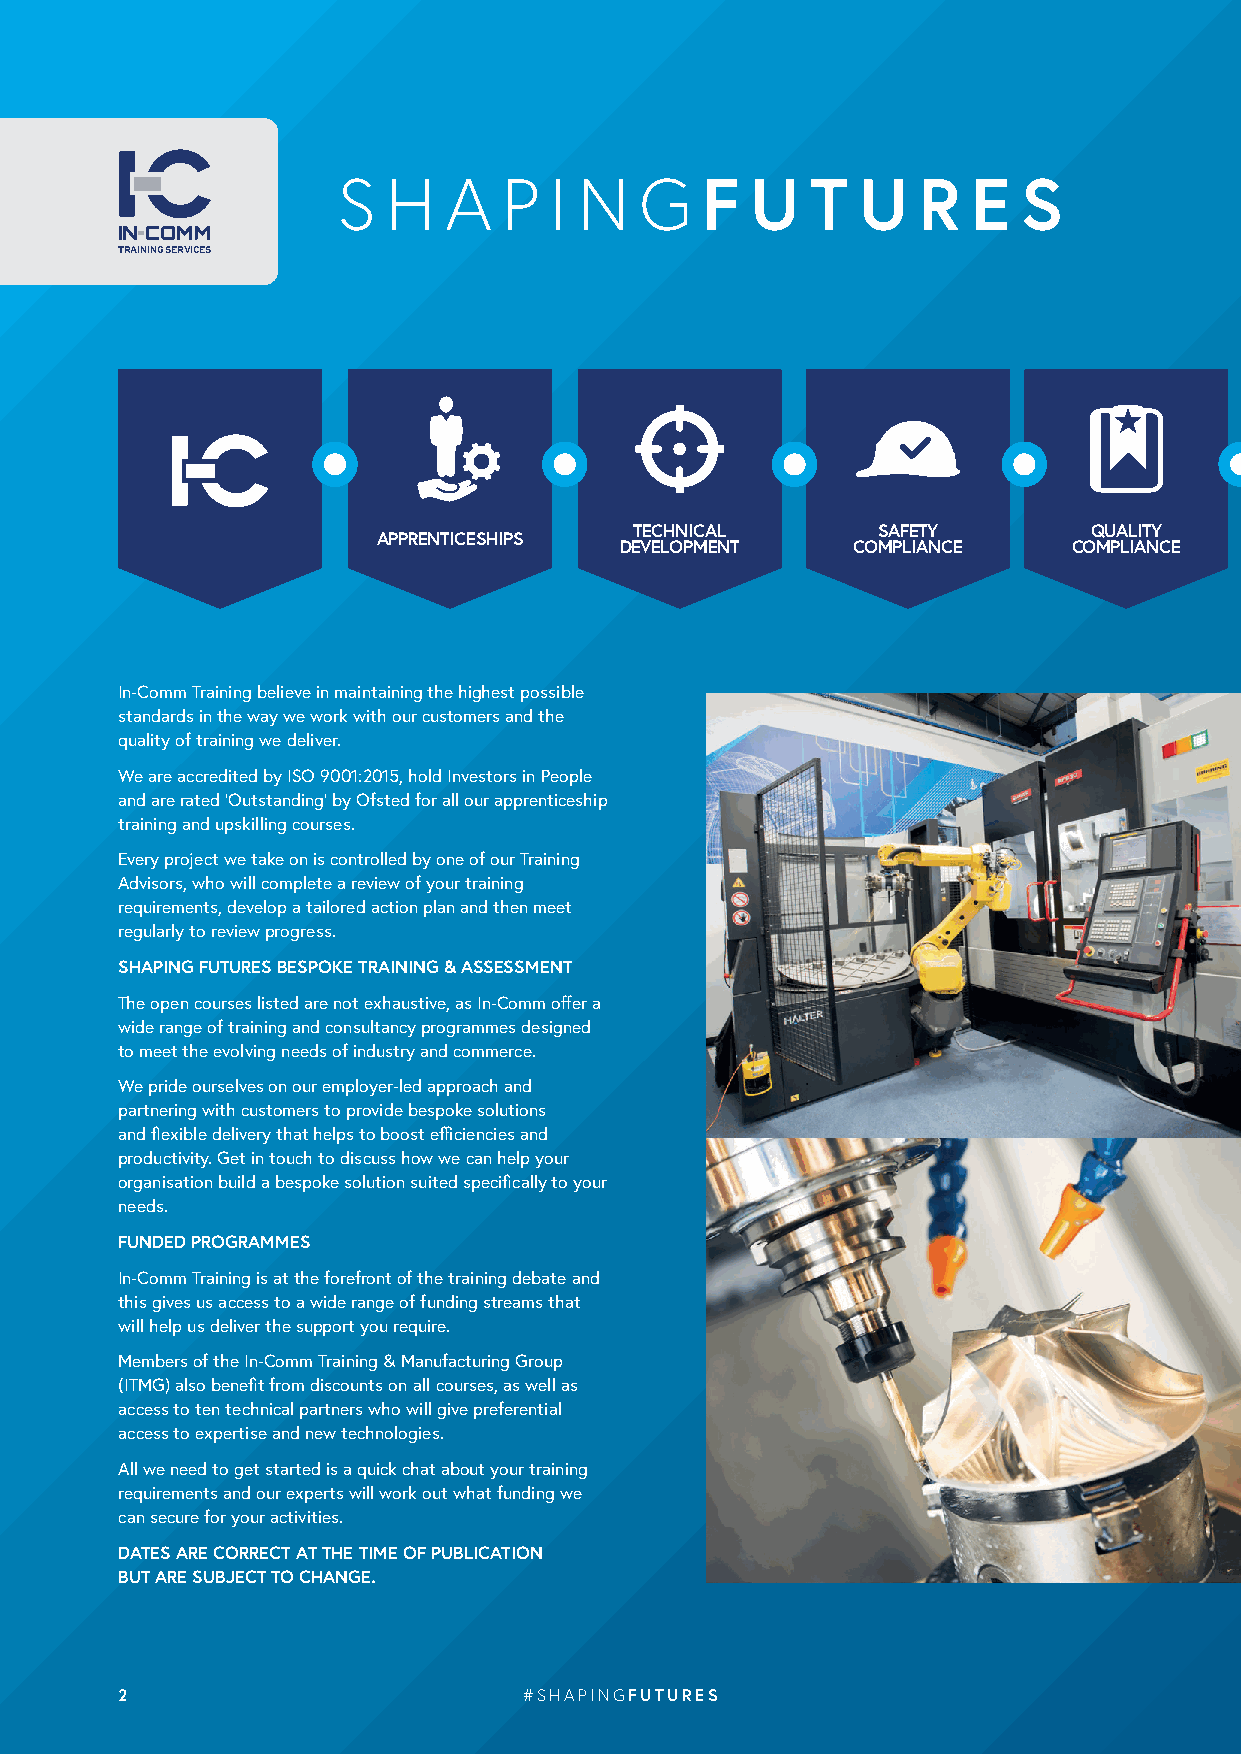
S   H  A   P  I N   GF     U   T  U   R   E  S
 TRAINING SERVICES
 TECHNICAL       SAFETY        QUALITY
 APPRENTICESHIPS
 DEVELOPMENT    COMPLIANCE     COMPLIANCE
 In-Comm Training believe in maintaining the highest possible
 standards in the way we work with our customers and the
 quality of training we deliver.
 We are accredited by ISO 9001:2015, hold Investors in People
 and are rated ‘Outstanding’ by Ofsted for all our apprenticeship
 training and upskilling courses.
 Every project we take on is controlled by one of our Training
 Advisors, who will complete a review of your training
 requirements, develop a tailored action plan and then meet
 regularly to review progress.
 SHAPING FUTURES BESPOKE TRAINING & ASSESSMENT
 The open courses listed are not exhaustive, as In-Comm offer a
 wide range of training and consultancy programmes designed
 to meet the evolving needs of industry and commerce.
 We pride ourselves on our employer-led approach and
 partnering with customers to provide bespoke solutions
 and flexible delivery that helps to boost efficiencies and
 productivity. Get in touch to discuss how we can help your
 organisation build a bespoke solution suited specifically to your
 needs.
 FUNDED PROGRAMMES
 In-Comm Training is at the forefront of the training debate and
 this gives us access to a wide range of funding streams that
 will help us deliver the support you require.
 Members of the In-Comm Training & Manufacturing Group
 (ITMG) also benefit from discounts on all courses, as well as
 access to ten technical partners who will give preferential
 access to expertise and new technologies.
 All we need to get started is a quick chat about your training
 requirements and our experts will work out what funding we
 can secure for your activities.
 DATES ARE CORRECT AT THE TIME OF PUBLICATION
 BUT ARE SUBJECT TO CHANGE.
 2                          #SHAPINGFUTURES